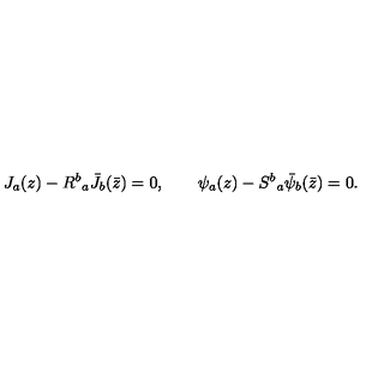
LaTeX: J _ { a } ( z ) - { R ^ { b } } _ { a } { \bar { J } } _ { b } ( \bar { z } ) = 0 , \qquad \psi _ { a } ( z ) - { S ^ { b } } _ { a } { \bar { \psi } } _ { b } ( \bar { z } ) = 0 .